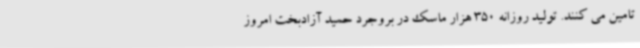
تامین می کنند. تولید روزانه 350 هزار ماسک در بروجرد حمید آزادبخت امروز